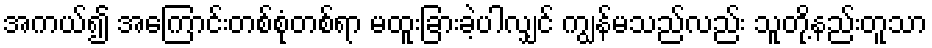
အကယ်၍ အကြောင်းတစ်စုံတစ်ရာ မထူးခြားခဲ့ပါလျှင် ကျွန်မသည်လည်း သူတို့နည်းတူသာ